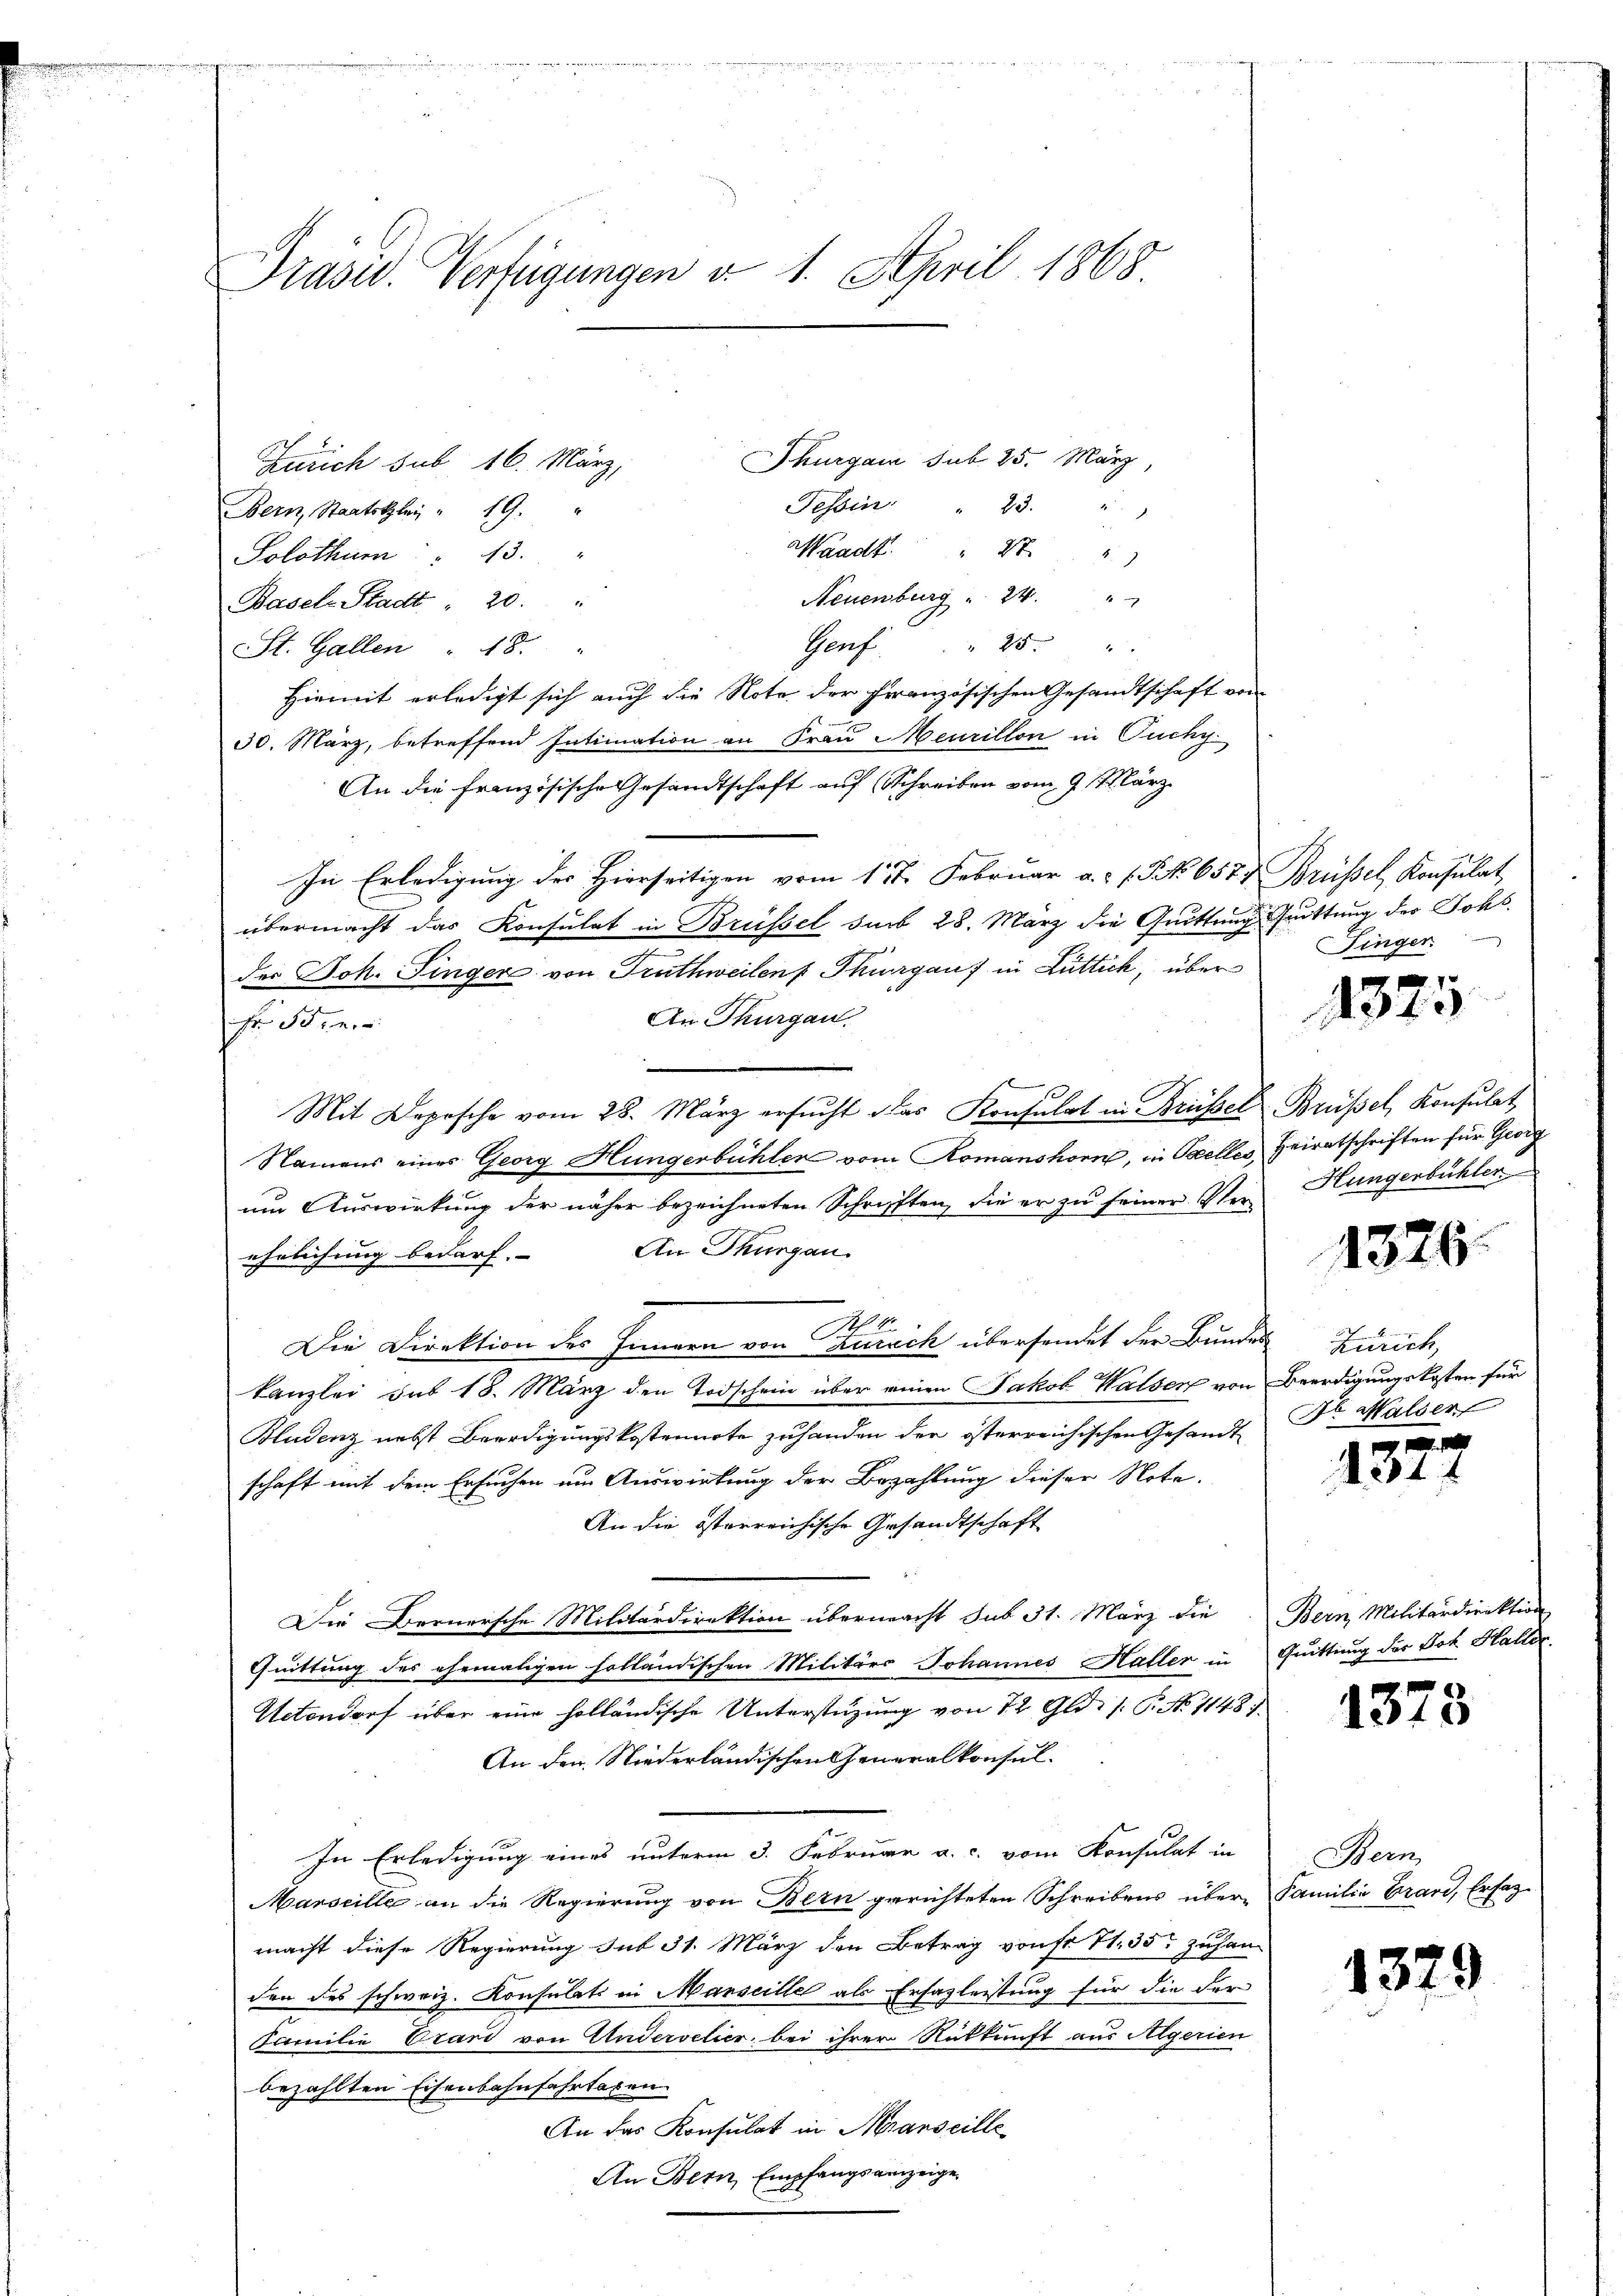
Prasw. Verfügungen v. 1. April 1868

Thurgau sub 25. März
Zürich sub 16. März,
Tessin " 23. " "
Bern, Staatskler  "  19.
Waadt. " 27
Solothum 13.
Neuenburg " 24 "
Basels Stadt " 20. "
Genf . . 25 "
St. Gallen " 18.
Hiemit erledigt sich auch die Note der Französischen Gesandtschaft von
30. März, betreffend Intimation an Frau Meurillon in Fuchy
An die französische Gesandtschaft auf Schreiben vom 9 t März
In Erledigung der Hierseitigen vom 11ten Februar a. f. Fr. 657. Brüssel, Konsulat,
übermacht das Konsulat in Brüssel sub 28. März die Quittung Guittung der Johs
der Joh. Finger von Truthweilen Thurgauf in Luttich, über
An Thurgau.
Fr. 30.
Mit Deposche vom 28. März ersŭcht das Konsulat in Brüssel Brüssel, Konsulat
Namens eines Georg Hungerbühlen vom Romanshorn, in Stelles Heiratschriften für Georg
um Auswirkung der näher bezeichneten Schrifften, die er zu seiner Ver¬
An Thurgau.
ehrlichung bedarf. |
Die Direktion des Innern von Turich übersendet der Bundes Zürich,
Kanzlei das 18. März den Todschein über einen Jakob Walser von Beerdigungskosten für
Bludenz nebst Beerdigungskostennote zuhanden der österreichischen Gesandte Dr. Halser
schaft mit dem Ersuchen um Auswirkung der Bezahlung dieser Note.
An die österreichische Gesandtschaft
Die Bernersche Militärdirektion übermacht sub 31. März die Bern Militärdirektion
Quittung des ehemaligen holländischen Militärs Johannes Haller in Quittung der Tot. Hallda
Uetendorf über eine holländische Unterstüzung von 12 Gld. /: P. No. 11487.
An den Niederländischen Generalkonsul¬
In Erledigung eines unterm 3. Februar a. c. vom Konsulat in
Marseille an die Regierung von Bern gerichteten Schreibens über Familie Brand, Erfagmacht diese Regierung sub 31. März den Betrag von fr 41. 35. zuhanden des schweiz. Konsulats in Marseille als Ersazleistung für die der
Familie Brand von Anderselier bei ihrer Auskunft aus Algerien
bezahlten Eisenbahnfahrtaxen
An das Konsulat in Stranscille
An Bern Empfangsanzeige

Finger

¬

4325

Hungenbühler

1326

234 f

1373

Bern

1379